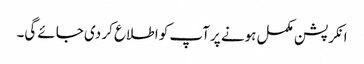
انکرپشن مکمل ہونے پر آپ کو اطلاع کر دی جائے گی۔